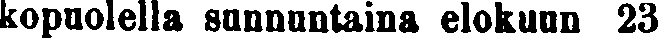
kopuolella sunnuntaina elokuun 23